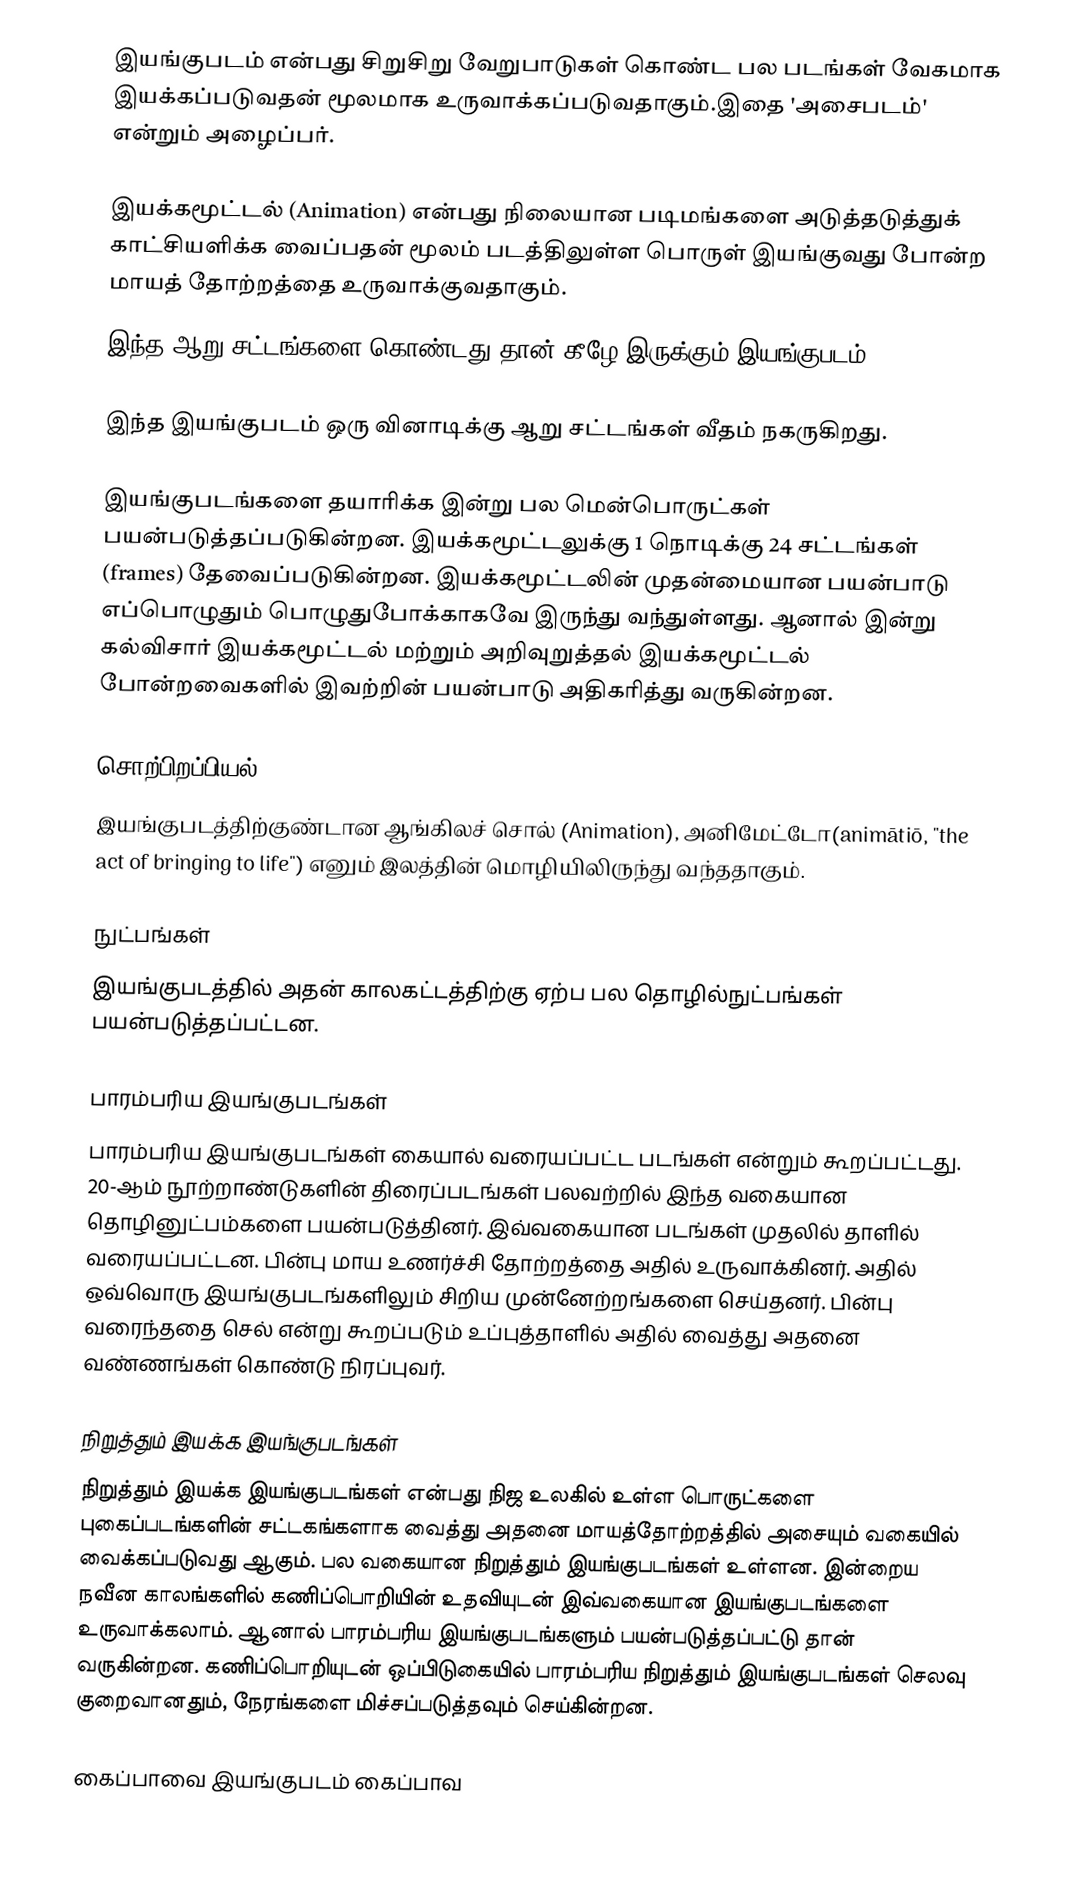
இயங்குபடம் என்பது சிறுசிறு வேறுபாடுகள் கொண்ட பல படங்கள் வேகமாக இயக்கப்படுவதன் மூலமாக உருவாக்கப்படுவதாகும்.இதை 'அசைபடம்' என்றும் அழைப்பர்.

இயக்கமூட்டல் (Animation) என்பது நிலையான படிமங்களை அடுத்தடுத்துக் காட்சியளிக்க வைப்பதன் மூலம் படத்திலுள்ள பொருள் இயங்குவது போன்ற மாயத் தோற்றத்தை உருவாக்குவதாகும்.
 இந்த ஆறு சட்டங்களை கொண்டது தான் கீழே இருக்கும் இயங்குபடம்.

 இந்த இயங்குபடம் ஒரு வினாடிக்கு ஆறு சட்டங்கள் வீதம் நகருகிறது.

இயங்குபடங்களை தயாரிக்க இன்று பல மென்பொருட்கள் பயன்படுத்தப்படுகின்றன. இயக்கமூட்டலுக்கு 1 நொடிக்கு 24 சட்டங்கள் (frames) தேவைப்படுகின்றன. இயக்கமூட்டலின் முதன்மையான பயன்பாடு எப்பொழுதும் பொழுதுபோக்காகவே இருந்து வந்துள்ளது. ஆனால் இன்று கல்விசார் இயக்கமூட்டல் மற்றும் அறிவுறுத்தல் இயக்கமூட்டல் போன்றவைகளில் இவற்றின் பயன்பாடு அதிகரித்து வருகின்றன.

சொற்பிறப்பியல்
இயங்குபடத்திற்குண்டான ஆங்கிலச் சொல் (Animation), அனிமேட்டோ(animātiō, "the act of bringing to life") எனும் இலத்தின் மொழியிலிருந்து வந்ததாகும்.

நுட்பங்கள்
இயங்குபடத்தில் அதன் காலகட்டத்திற்கு ஏற்ப பல தொழில்நுட்பங்கள் பயன்படுத்தப்பட்டன.

பாரம்பரிய இயங்குபடங்கள்
பாரம்பரிய இயங்குபடங்கள் கையால் வரையப்பட்ட படங்கள் என்றும் கூறப்பட்டது. 20-ஆம் நூற்றாண்டுகளின் திரைப்படங்கள் பலவற்றில் இந்த வகையான தொழினுட்பம்களை  பயன்படுத்தினர். இவ்வகையான படங்கள் முதலில் தாளில் வரையப்பட்டன. பின்பு மாய உணர்ச்சி தோற்றத்தை அதில் உருவாக்கினர். அதில் ஒவ்வொரு இயங்குபடங்களிலும் சிறிய முன்னேற்றங்களை செய்தனர். பின்பு வரைந்ததை செல் என்று கூறப்படும் உப்புத்தாளில் அதில் வைத்து அதனை வண்ணங்கள் கொண்டு நிரப்புவர்.

நிறுத்தும் இயக்க இயங்குபடங்கள்
நிறுத்தும் இயக்க இயங்குபடங்கள் என்பது நிஜ உலகில் உள்ள பொருட்களை புகைப்படங்களின் சட்டகங்களாக வைத்து அதனை மாயத்தோற்றத்தில் அசையும் வகையில் வைக்கப்படுவது ஆகும். பல வகையான நிறுத்தும் இயங்குபடங்கள் உள்ளன. இன்றைய நவீன காலங்களில் கணிப்பொறியின் உதவியுடன் இவ்வகையான இயங்குபடங்களை உருவாக்கலாம். ஆனால் பாரம்பரிய இயங்குபடங்களும் பயன்படுத்தப்பட்டு தான் வருகின்றன. கணிப்பொறியுடன் ஒப்பிடுகையில் பாரம்பரிய நிறுத்தும் இயங்குபடங்கள் செலவு குறைவானதும், நேரங்களை மிச்சப்படுத்தவும் செய்கின்றன.

கைப்பாவை இயங்குபடம் கைப்பாவ